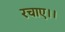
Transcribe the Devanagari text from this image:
रचाए।।